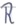
Text: R